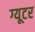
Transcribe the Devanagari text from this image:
ग्यूटर